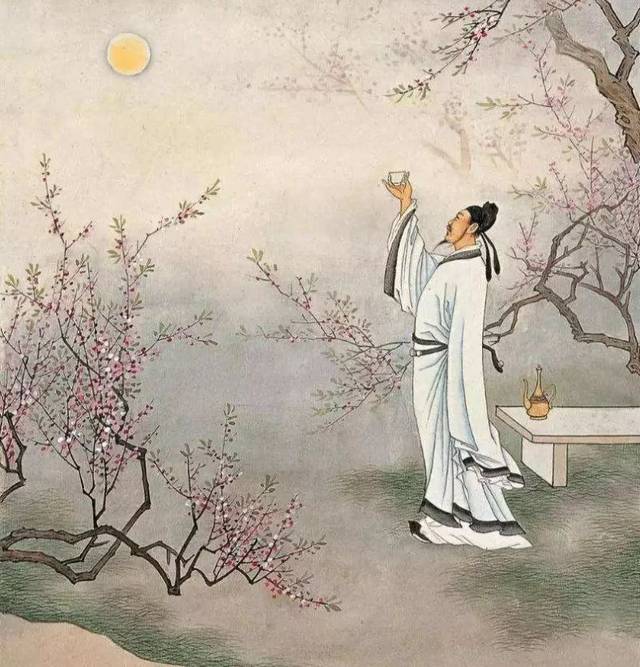
举杯邀明月，对影成三人。